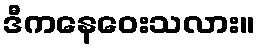
ဒီကနေဝေးသလား။